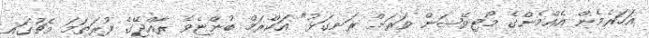
އަހަރެމެން އެއްމެންގެ މޯޓިވޭޝަން ވަރަށް ރަނގަޅު" އަކްރަމް ބުންޏެވެ ރާއްޖޭގެ ފުރަތަމަ މެޗުގައި